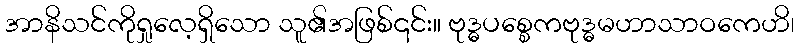
အာနိသင်ကိုရှုလေ့ရှိသော သူ၏အဖြစ်၎င်း။ ဗုဒ္ဓပစ္စေကဗုဒ္ဓမဟာသာဝကေဟိ၊